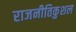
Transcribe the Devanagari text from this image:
राजनीतिकुशल